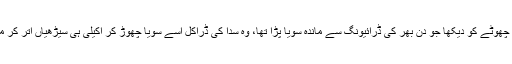
اس نے پلٹ کر چھوٹے کو دیکھا جو دن بھر کی ڈرائیونگ سے ماندہ سویا پڑا تھا، وہ سدا کی ڈراکل اسے سویا چھوڑ کر اکیلی ہی سیڑھیاں اتر کر مال پر نکل گئی۔